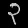
Digit: ၃